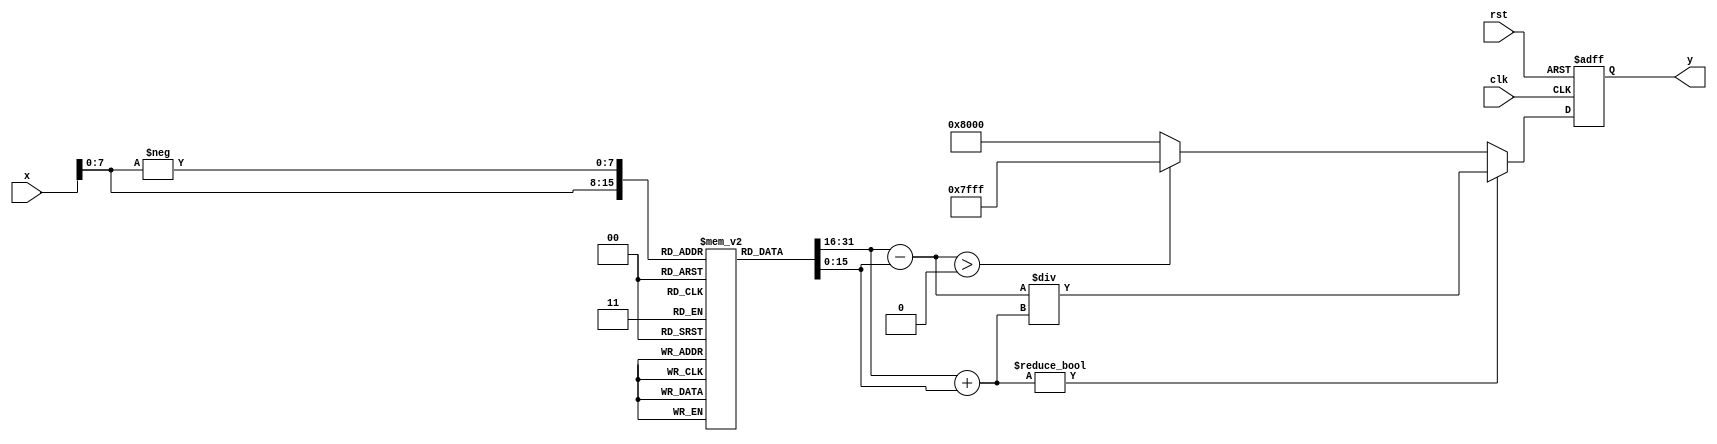
module tanh (
    input wire [15:0] x,        // Input: Fixed-point representation of x
    output reg [15:0] y,        // Output: Fixed-point representation of tanh(x)
    input wire clk,             // Clock signal
    input wire rst              // Reset signal
);

    // Parameters
    parameter WIDTH = 16;       // Bit-width for input and output
    parameter EXP_TABLE_SIZE = 256; // Size of the exponential lookup table

    // Exponential lookup table (for simplicity, values are pre-calculated)
    reg [WIDTH-1:0] exp_table [0:EXP_TABLE_SIZE-1];

    // Initialize the exponential lookup table
    initial begin
        // Populate the exponential table with pre-calculated values
        // This is just an example; you would need to fill this with actual values
        // For example, exp_table[0] = e^(-1) * 2^WIDTH, exp_table[1] = e^(-0.99) * 2^WIDTH, etc.
        // ...
    end

    // Internal signals
    reg [WIDTH-1:0] exp_x;
    reg [WIDTH-1:0] exp_neg_x;
    reg [WIDTH-1:0] numerator;
    reg [WIDTH-1:0] denominator;

    // Compute tanh in a sequential manner
    always @(posedge clk or posedge rst) begin
        if (rst) begin
            y <= 0;
        end else begin
            // Calculate e^x and e^(-x) using the lookup table
            exp_x = exp_table[x]; // Assuming x is scaled to fit the table index
            exp_neg_x = exp_table[-x]; // Assuming -x is also scaled correctly

            // Calculate numerator and denominator
            numerator = exp_x - exp_neg_x;
            denominator = exp_x + exp_neg_x;

            // Compute tanh(x) = numerator / denominator
            if (denominator != 0) begin
                y <= numerator / denominator; // Simple division
            end else begin
                y <= (numerator > 0) ? 16'h7FFF : 16'h8000; // Handle overflow case
            end
        end
    end

endmodule